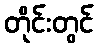
တိုင်းတွင်